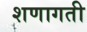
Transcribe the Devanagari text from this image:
शणागती